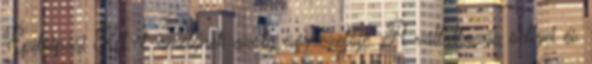
Építôipari Kft.-t, amelynek azóta ügyvezetôje. A vállalkozás sellyei és